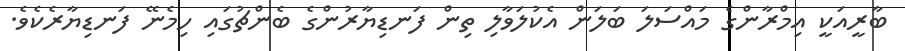
ބާރީއަކީ އިމްރާންގެ މައްސަލަ ބަލަން އެކުލަވާލި ތިން ފަނޑިޔާރުންގެ ބެންޗުގައި ހިމެނޭ ފަނޑިޔާރެކެވެ.